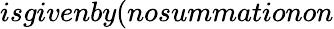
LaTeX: isgivenby(nosummationon